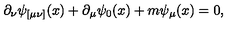
\partial _ { \nu } \psi _ { [ \mu \nu ] } ( x ) + \partial _ { \mu } \psi _ { 0 } ( x ) + m \psi _ { \mu } ( x ) = 0 ,